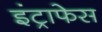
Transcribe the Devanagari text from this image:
इंट्राफेस